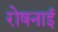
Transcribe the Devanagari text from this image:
रोषनाई